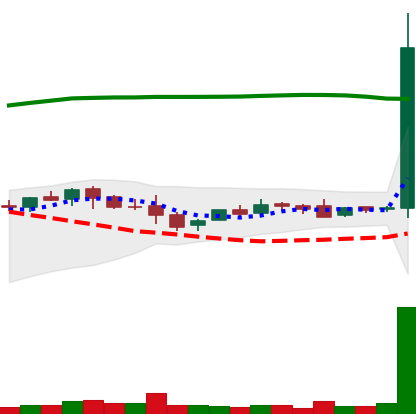
Ticker: LTC-USD
Chart end date: 2015-10-29
Forward return: 21.352%
Label: up_7plus